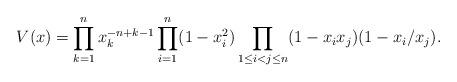
LaTeX: \begin{align*}V(x)=\prod_{k=1}^n x_k^{-n+k-1} \prod_{i=1}^n (1-x_i^{2})\prod_{1\leq i<j\leq n}(1-x_ix_j)(1-x_i/x_j).\end{align*}